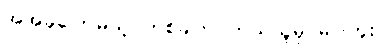
အဲအခုပြောမယ့် တစ်ခါက ဘယ်သူမှ မပါဘူး။